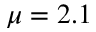
\mu = 2 . 1